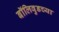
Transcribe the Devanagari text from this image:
बॉलिवुडच्या